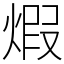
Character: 煆